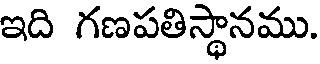
ఇది గణపతిస్థానము.